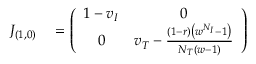
\begin{array} { r l } { J _ { ( 1 , 0 ) } } & { { } = \left( \begin{array} { c c } { 1 - v _ { I } } & { 0 } \\ { 0 } & { v _ { T } - \frac { ( 1 - r ) \left( w ^ { N _ { I } } - 1 \right) } { N _ { T } ( w - 1 ) } } \end{array} \right) } \end{array}